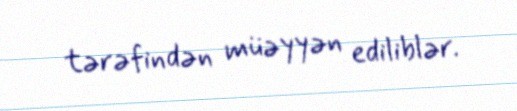
tərəfindən müəyyən ediliblər.